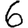
Digit: 6